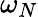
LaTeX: \omega_{N}